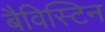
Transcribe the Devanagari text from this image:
बैविस्टिन